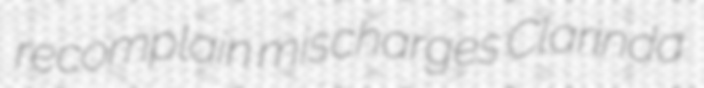
recomplain mischarges Clarinda